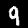
Digit: 9